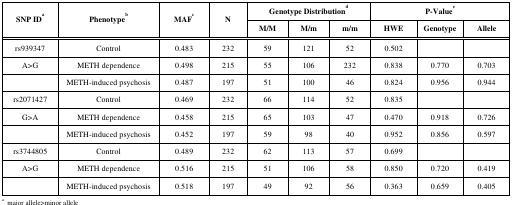
| <ROWSPAN=2> SNP IDa | <ROWSPAN=2> Phenotypeb | <ROWSPAN=2> MAFc | <ROWSPAN=2> N | <COLSPAN=3> Genotype Distributiond | <COLSPAN=3> P-Valuee |
 | M/M | M/m | m/m | HWE | Genotype | Allele |
 | --- | --- | --- | --- | --- | --- | --- | --- | --- | --- |
 | rs939347 | Control | 0.483 | 232 | 59 | 121 | 52 | 0.502 |  |  |
 | A>G | METH dependence | 0.498 | 215 | 55 | 106 | 232 | 0.838 | 0.770 | 0.703 |
 |  | METH-induced psychosis | 0.487 | 197 | 51 | 100 | 46 | 0.824 | 0.956 | 0.944 |
 | rs2071427 | Control | 0.469 | 232 | 66 | 114 | 52 | 0.835 |  |  |
 | G>A | METH dependence | 0.458 | 215 | 65 | 103 | 47 | 0.470 | 0.918 | 0.726 |
 |  | METH-induced psychosis | 0.452 | 197 | 59 | 98 | 40 | 0.952 | 0.856 | 0.597 |
 | rs3744805 | Control | 0.489 | 232 | 62 | 113 | 57 | 0.699 |  |  |
 | A>G | METH dependence | 0.516 | 215 | 51 | 106 | 58 | 0.850 | 0.720 | 0.419 |
 |  | METH-induced psychosis | 0.518 | 197 | 49 | 92 | 56 | 0.363 | 0.659 | 0.405 |